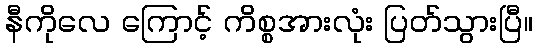
နီကိုလေ ကြောင့် ကိစ္စအားလုံး ပြတ်သွားပြီ။